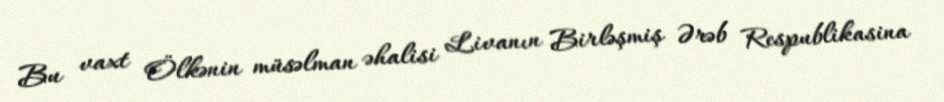
Bu vaxt Ölkənin müsəlman əhalisi Livanın Birləşmiş Ərəb Respublikasina